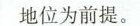
地位为前提。